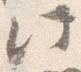
此